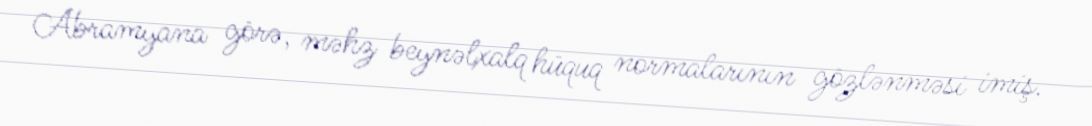
Abramyana görə, məhz beynəlxalq hüquq normalarının gözlənməsi imiş.